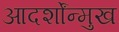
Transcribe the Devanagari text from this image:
आदर्शोंन्मुख